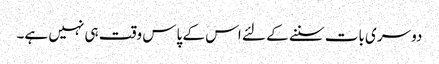
دوسری بات سننے کے لئے اس کے پاس وقت ہی نہیں ہے۔